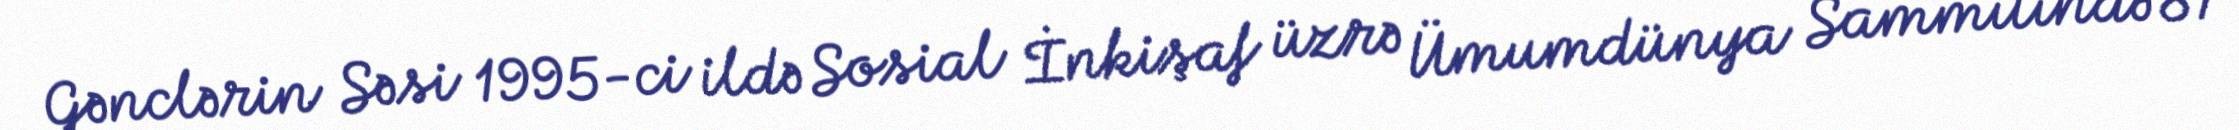
Gənclərin Səsi 1995-ci ildə Sosial İnkişaf üzrə Ümumdünya Sammitində 81